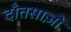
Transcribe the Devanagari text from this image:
दाँतसाज़ों